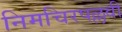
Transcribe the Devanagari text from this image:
निमचिरपल्लवी